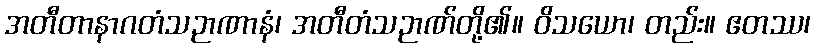
အတီတာနာဂတံသဉာဏာနံ၊ အတီတံသဉာဏ်တို့၏။ ဝိသယော၊ တည်း။ ဧတဿ၊